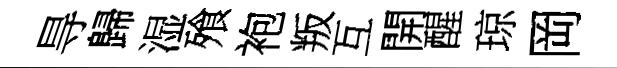
㝵歸湿飱袍叛互開醒琼岡